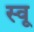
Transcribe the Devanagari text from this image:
स्वू